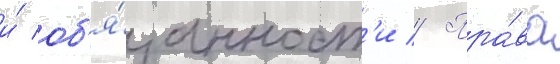
и́ об'я́занност'и // Пра́ва